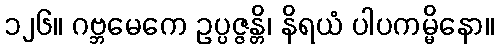
၁၂၆။ ဂဗ္ဘမေကေ ဥပ္ပဇ္ဇန္တိ၊ နိရယံ ပါပကမ္မိနော။